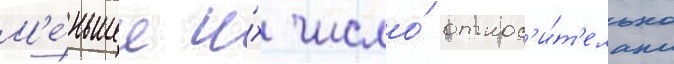
М'е́ньшее и́х число́ относ'и́т'ельно